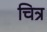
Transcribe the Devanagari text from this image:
चित्र